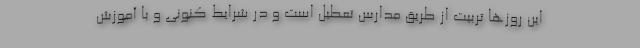
این روزها تربیت از طریق مدارس تعطیل است و در شرایط کنونی و با آموزش